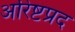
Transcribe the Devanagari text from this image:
अरिष्टप्रद